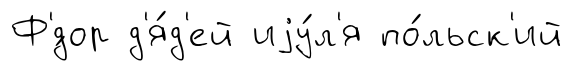
Ф'́дор д'я́д'ей иjу́л'я по́льск'ий